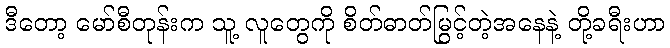
ဒီတော့ မော်စီတုန်းက သူ့ လူတွေကို စိတ်ဓာတ်မြွင့်တဲ့အနေနဲ့ တို့ခရီးဟာ